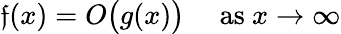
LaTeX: \mathfrak{f}(x)=O{\bigl(}g(x){\bigr)}\quad{\mathrm{{~as~}}}x\to\infty